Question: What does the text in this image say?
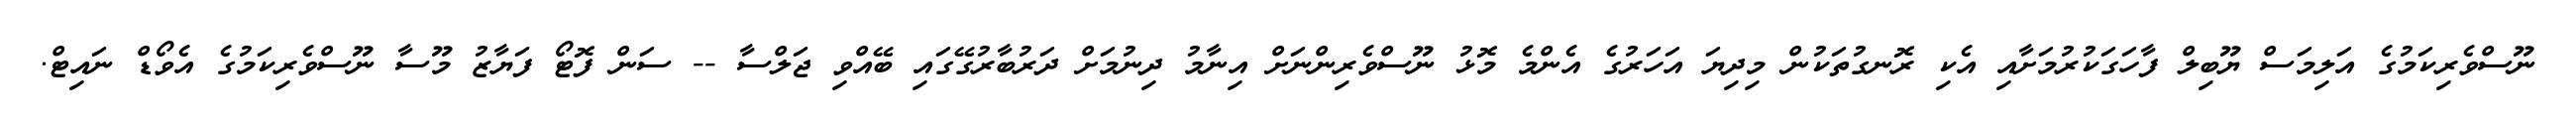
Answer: ނޫސްވެރިކަމުގެ އަލިމަސް ޔޫބިލް ފާހަގަކުރުމަށާއި އެކި ރޮނގުތަކުން މިދިޔަ އަހަރުގެ އެންމެ މޮޅު ނޫސްވެރިންނަށް އިނާމު ދިނުމަށް ދަރުބާރުގޭގައި ބޭއްވި ޖަލްސާ -- ސަން ފޮޓޯ ފަޔާޒު މޫސާ ނޫސްވެރިކަމުގެ އެވޯޑް ނައިޓް.